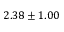
2 . 3 8 \pm 1 . 0 0